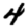
Digit: 4